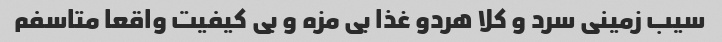
سیب زمینی سرد و کلا هردو غذا بی مزه و بی کیفیت واقعا متاسفم